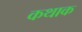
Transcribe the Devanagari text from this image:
कथाक